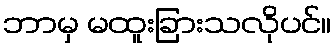
ဘာမှ မထူးခြားသလိုပင်။